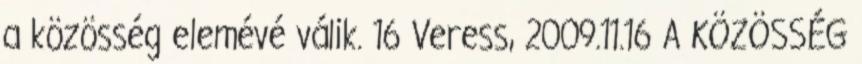
a közösség elemévé válik. 16 Veress, 2009.11.16 A KÖZÖSSÉG